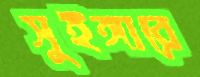
সুইঙ্গারে